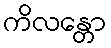
ကိလန္တော